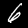
Digit: 6